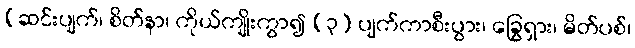
[ဆင်းပျက်၊ စိတ်နာ၊ ကိုယ်ကျိုးကွာ၍ (၃) ပျက်ကာစီးပွား၊ ခြွေရှား၊ မိတ်ပစ်၊